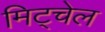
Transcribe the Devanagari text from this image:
मिट्चेल